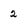
Character: 2